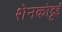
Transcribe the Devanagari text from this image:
शेनकोट्टई